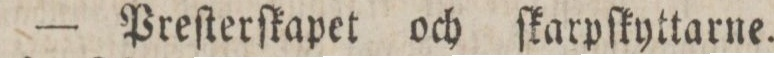
— Preſterſkapet och ſkarpſkyttarne.